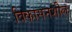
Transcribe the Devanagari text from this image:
विकासनशील